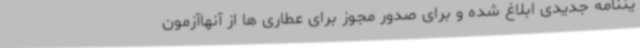
یننامه جدیدی ابلاغ شده و برای صدور مجوز برای عطاری ها از آنهاآزمون